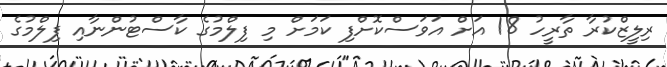
ރިލީޒްކުރާ ތާރީހު 18 އަށް އަވަސްކޮށްފި ކަމަށް މި ފިލްމުގެ ކާސްޓުންނާއި ފިލްމުގެ